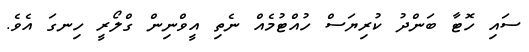
ސައި ހޮޓާ ބަންދު ކުރިޔަސް ހުއްޓުމެއް ނެތި އީވްނިން ގްލޯރީ ހިނގަ އެވެ.